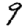
Digit: 9